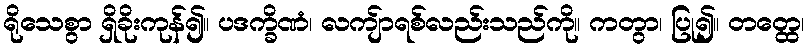
ရိုသေစွာ ရှိခိုးကုန်၍။ ပဒက္ခိဏံ၊ လကျ်ာရစ်လည်းသည်ကို။ ကတွာ၊ ပြု၍။ တတ္ထေ၊